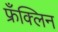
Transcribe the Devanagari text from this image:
फ्रँक्लिन